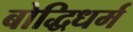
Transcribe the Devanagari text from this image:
बोद्धिधर्म